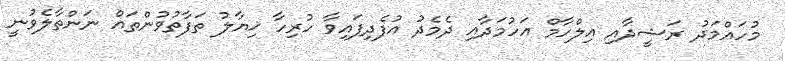
މުހައްމަދު ރަޝީދާއި އިލްހާމް އަހުމަދާއި ދެމެދު އުފެދިފައިވާ ހުރިހާ ޚިޔާލު ތަފާތުވުންތައް ނަންތާލެވުނީ